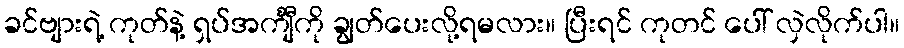
ခင်ဗျားရဲ့ ကုတ်နဲ့ ရှပ်အင်္ကျီကို ချွတ်ပေးလို့ရမလား။ ပြီးရင် ကုတင် ပေါ် လှဲလိုက်ပါ။